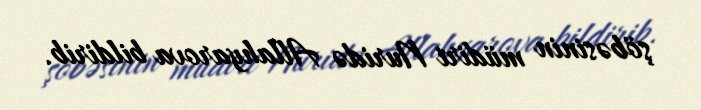
şöbəsinin müdiri Nuridə Allahyarova bildirib.